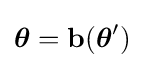
{\boldsymbol {\theta }}=\mathbf {b} ({\boldsymbol {\theta }}')